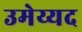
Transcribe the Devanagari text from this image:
उमेय्यद